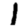
Digit: 1